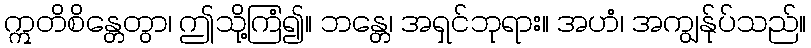
ဣတိစိန္တေတွာ၊ ဤသို့ကြံ၍။ ဘန္တေ၊ အရှင်ဘုရား။ အဟံ၊ အကျွန်ုပ်သည်။